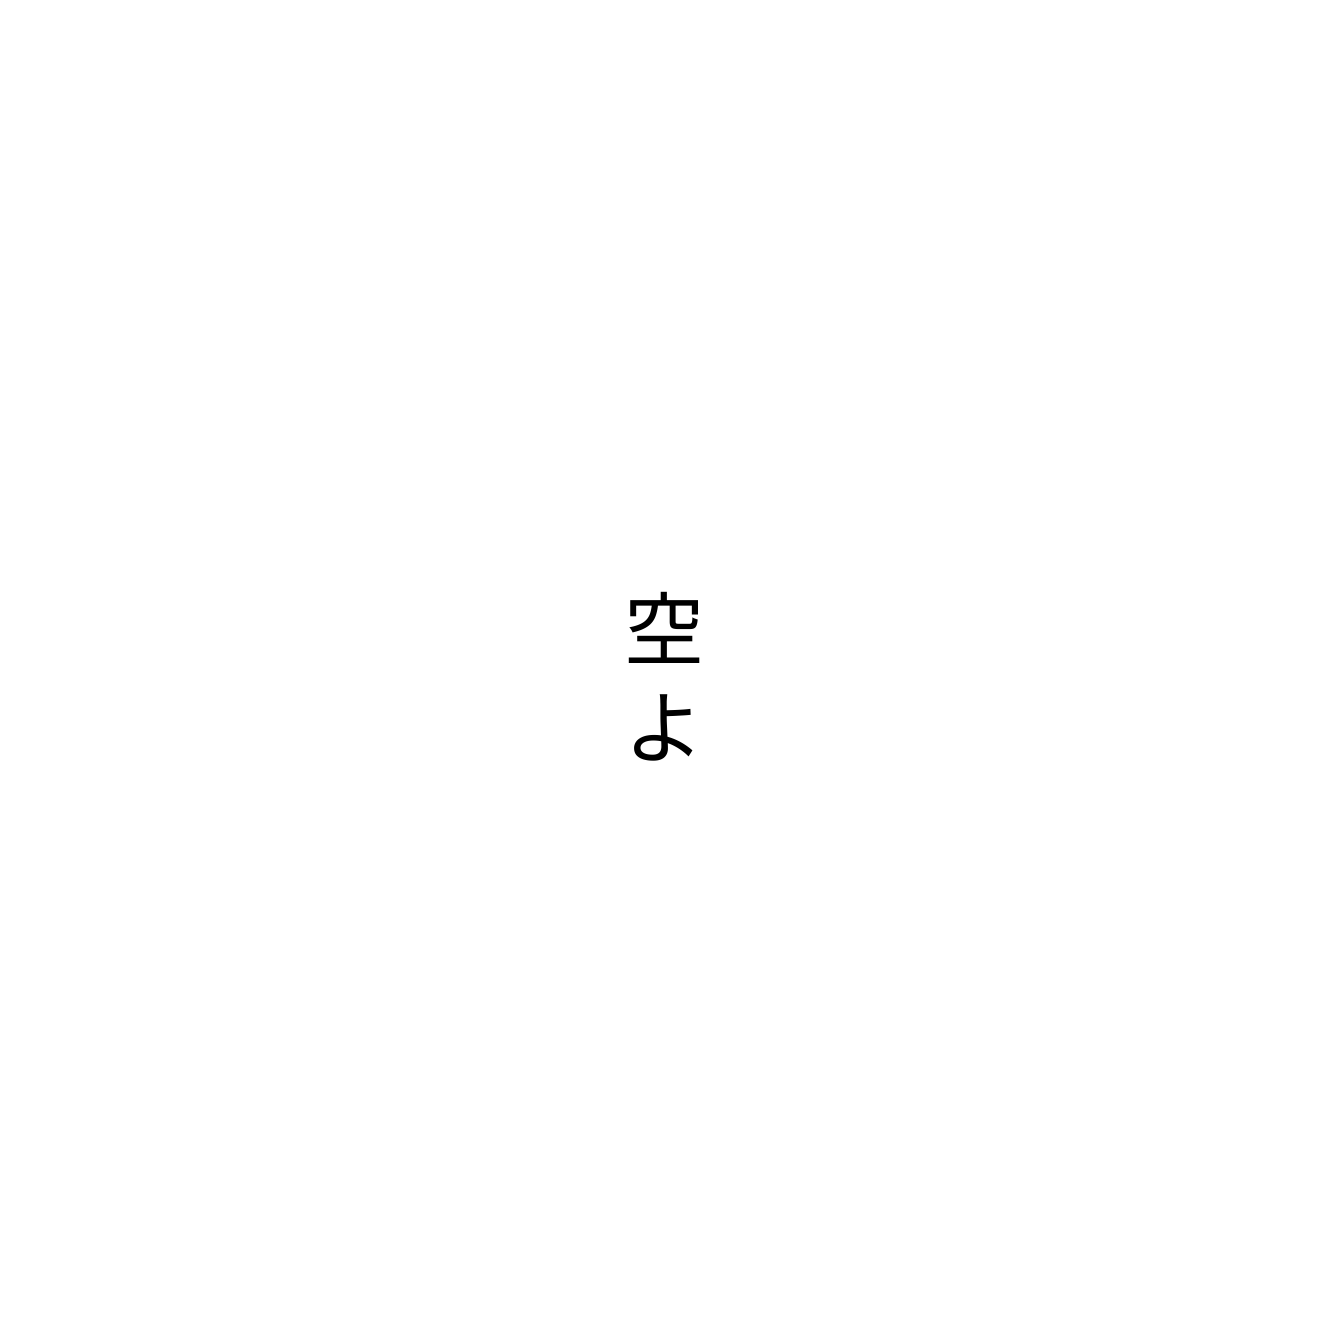
空よ